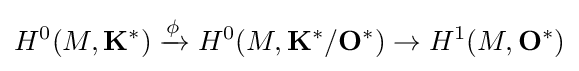
H^{0}(M,\mathbf {K} ^{*})\xrightarrow {\phi } H^{0}(M,\mathbf {K} ^{*}/\mathbf {O} ^{*})\to H^{1}(M,\mathbf {O} ^{*})